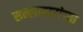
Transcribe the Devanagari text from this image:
सल्लागारांच्या